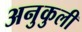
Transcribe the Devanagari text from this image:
अनुकुली